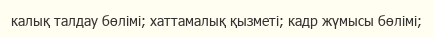
калық талдау бөлімі; хаттамалық қызметі; кадр жүмысы бөлімі;